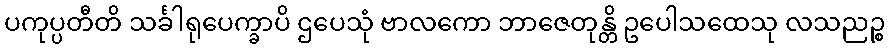
ပကုပ္ပတီတိ သင်္ခါရုပေက္ခာပိ ဌပေသုံ ဗာလကော ဘာဇေတုန္တိ ဥပေါသထေသု လသညဉ္စ